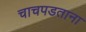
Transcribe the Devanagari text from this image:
चाचपडताना